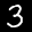
Label: 3